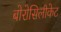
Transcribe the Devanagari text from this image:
बोरोसिलीकेट